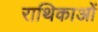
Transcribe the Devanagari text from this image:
राथिकाओं